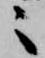
々